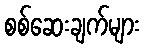
စစ်ဆေးချက်များ